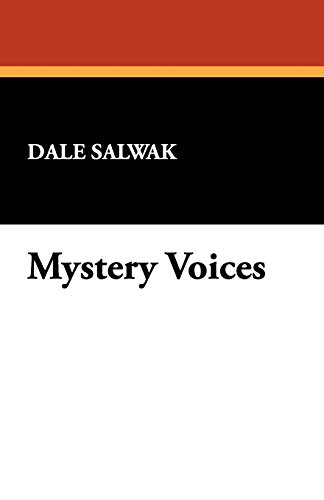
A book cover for Mystery Voices (Brownstone Mystery Guides,); Dale Salwak; Mystery, Thriller & Suspense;